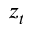
z _ { t }